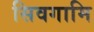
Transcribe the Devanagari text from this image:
सिवगामि